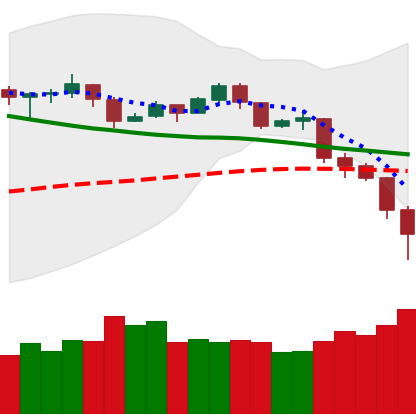
Ticker: TRX-USD
Chart end date: 2019-11-22
Forward return: 11.511%
Label: up_7plus